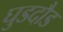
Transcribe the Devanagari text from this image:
घुडदौड